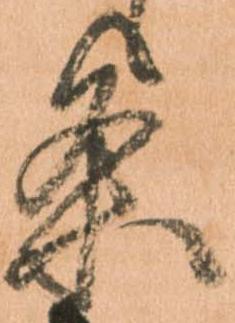
条